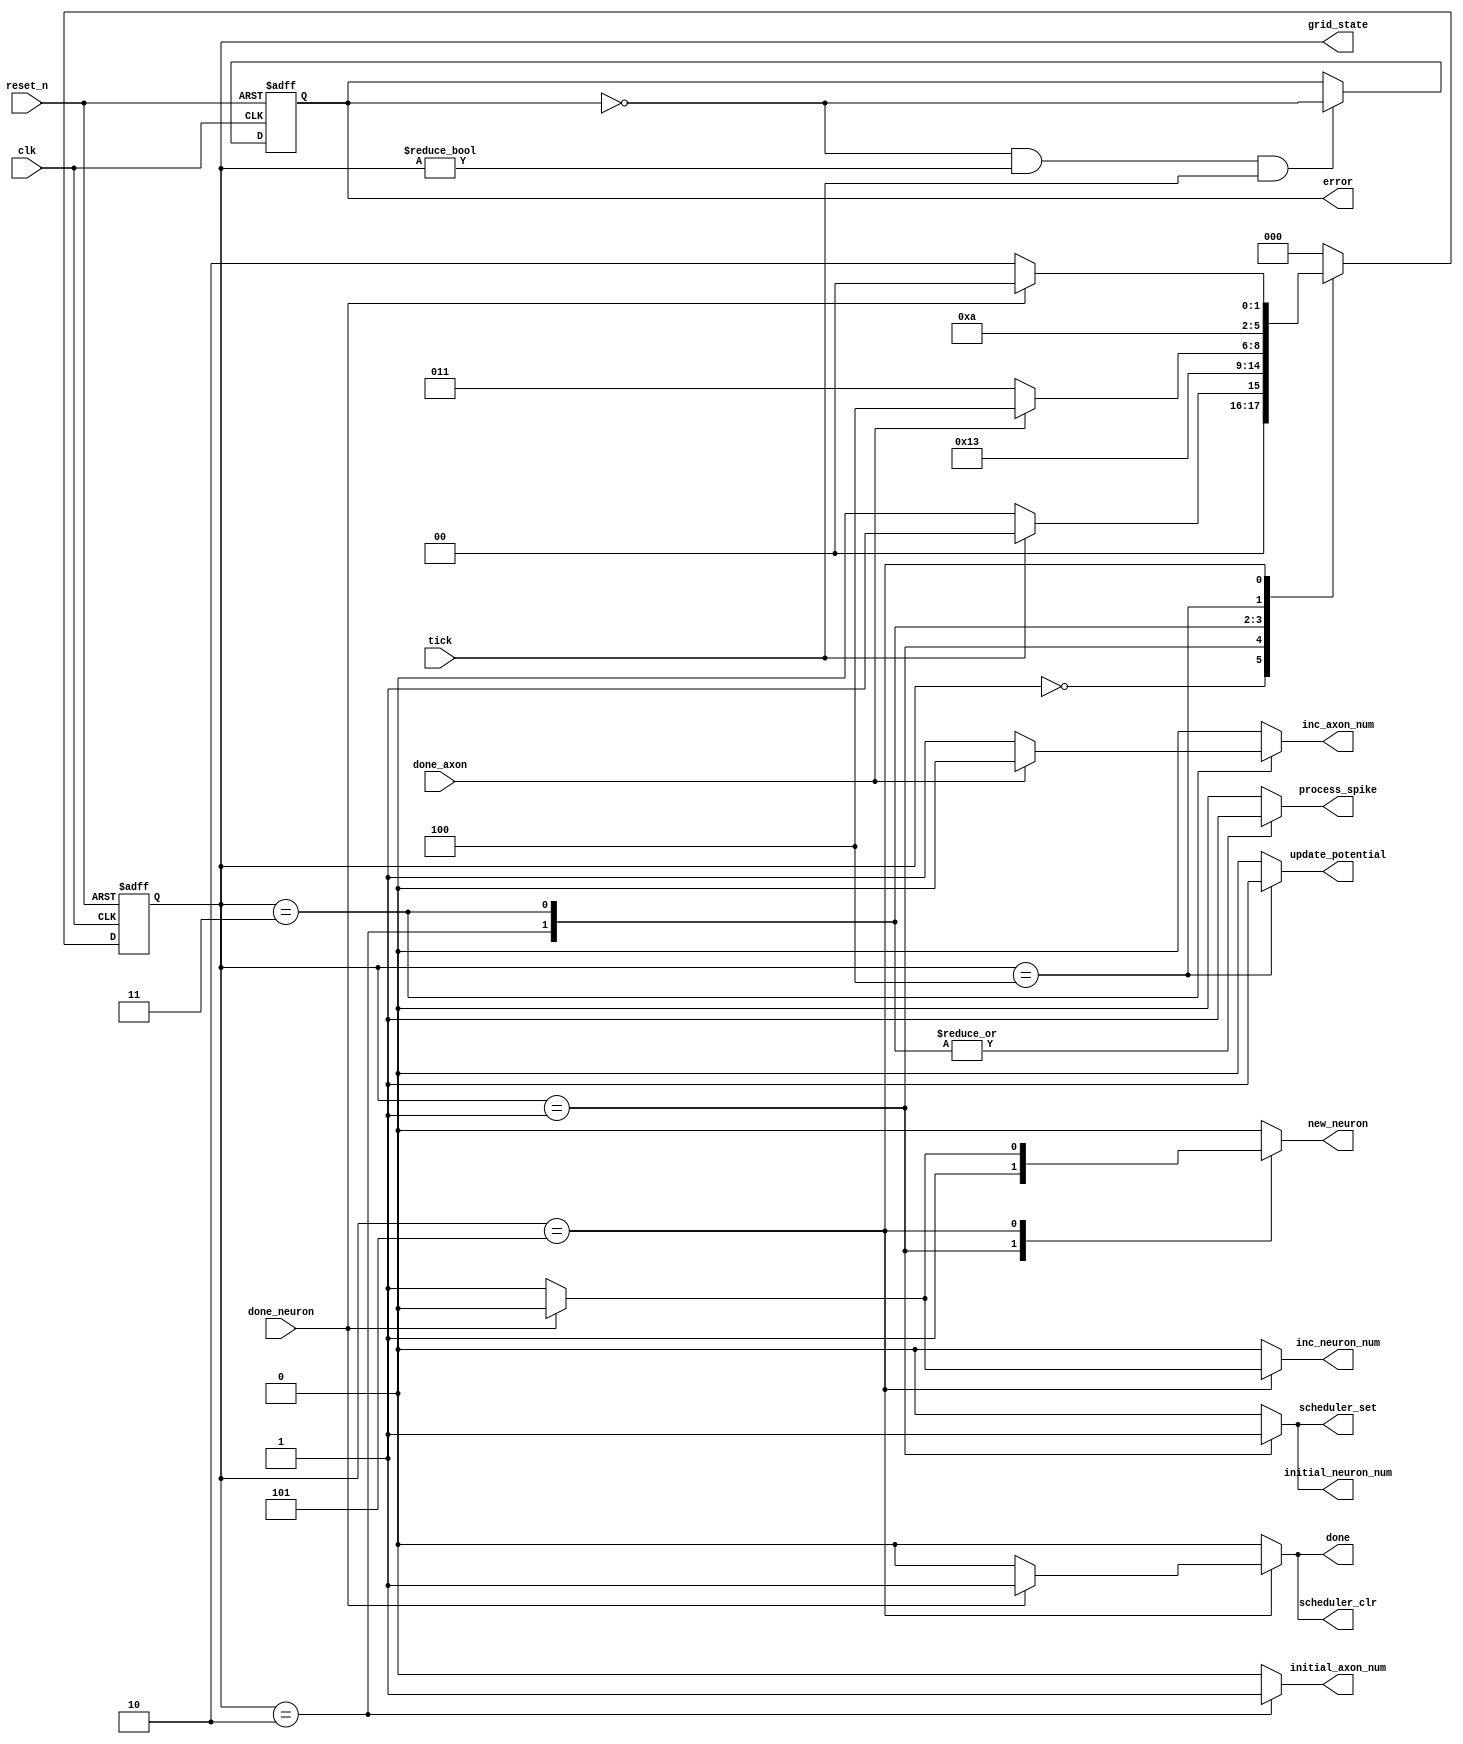
module neuron_grid_controller(
    

    input tick,
    input done_neuron, done_axon,
    input clk,
    input reset_n,
    output reg process_spike,
    output reg scheduler_clr,
    output reg scheduler_set,
    output reg inc_neuron_num, initial_neuron_num,
    output reg initial_axon_num, inc_axon_num,
    output reg new_neuron,
    output reg update_potential,
    output reg done,
    output reg error,
    output [2:0] grid_state

);




localparam IDLE     = 0;
localparam GET_DATA = 1;
localparam INITIAL  = 2;
localparam SPIKE_IN = 3;
localparam UPDATE   = 4;
localparam LAST     = 5;

reg [2:0] current_state, next_state;

assign grid_state = current_state;
always @(*) begin
    initial_axon_num = 0;
    initial_neuron_num = 0;
    scheduler_set = 0;
    scheduler_clr = 0;
    new_neuron = 0;
    process_spike = 0;
    inc_axon_num = 0;
    update_potential = 0;
    done = 0;
    inc_neuron_num = 0;
    //////
    case(current_state)
    IDLE: begin
        next_state = tick ? GET_DATA : IDLE;
    end
    GET_DATA: begin
        initial_neuron_num = 1;
        scheduler_set = 1;
        next_state = INITIAL;
        new_neuron = 1;
    end
    INITIAL: begin
        initial_axon_num = 1;
        process_spike = 1;
        next_state = SPIKE_IN;
    end
    SPIKE_IN: begin
        process_spike = 1;
        if(done_axon) begin
            next_state = UPDATE;
        end
        else begin
            inc_axon_num = 1;
            next_state = SPIKE_IN;
        end
    end
    UPDATE: begin
        update_potential = 1;
        next_state = LAST;
    end
    LAST: begin
        if(done_neuron) begin
            scheduler_clr = 1;
            done = 1;
            next_state = IDLE;
        end
        else begin
            new_neuron = 1;
            inc_neuron_num = 1;
            next_state = INITIAL;
        end
    end
    default: next_state = IDLE;

    endcase
end

always @(posedge clk, negedge reset_n) begin
    if(~reset_n) begin
        current_state <= IDLE;
        error <= 0;
    end
    else begin
        current_state <= next_state;
        if(~error && current_state != IDLE && tick) error <= ~error;
        else error <= error;
    end
end



endmodule